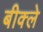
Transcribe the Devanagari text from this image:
बीक्ले